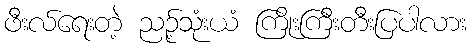
ဖီးလ်ရေးတဲ့ ညဉ့်သုံးယံ ကြိုးကြီးတီးပြပါလား